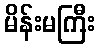
မိန်းမကြီး